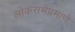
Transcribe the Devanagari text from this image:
लोकसभेप्रमाणे